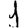
Digit: 1